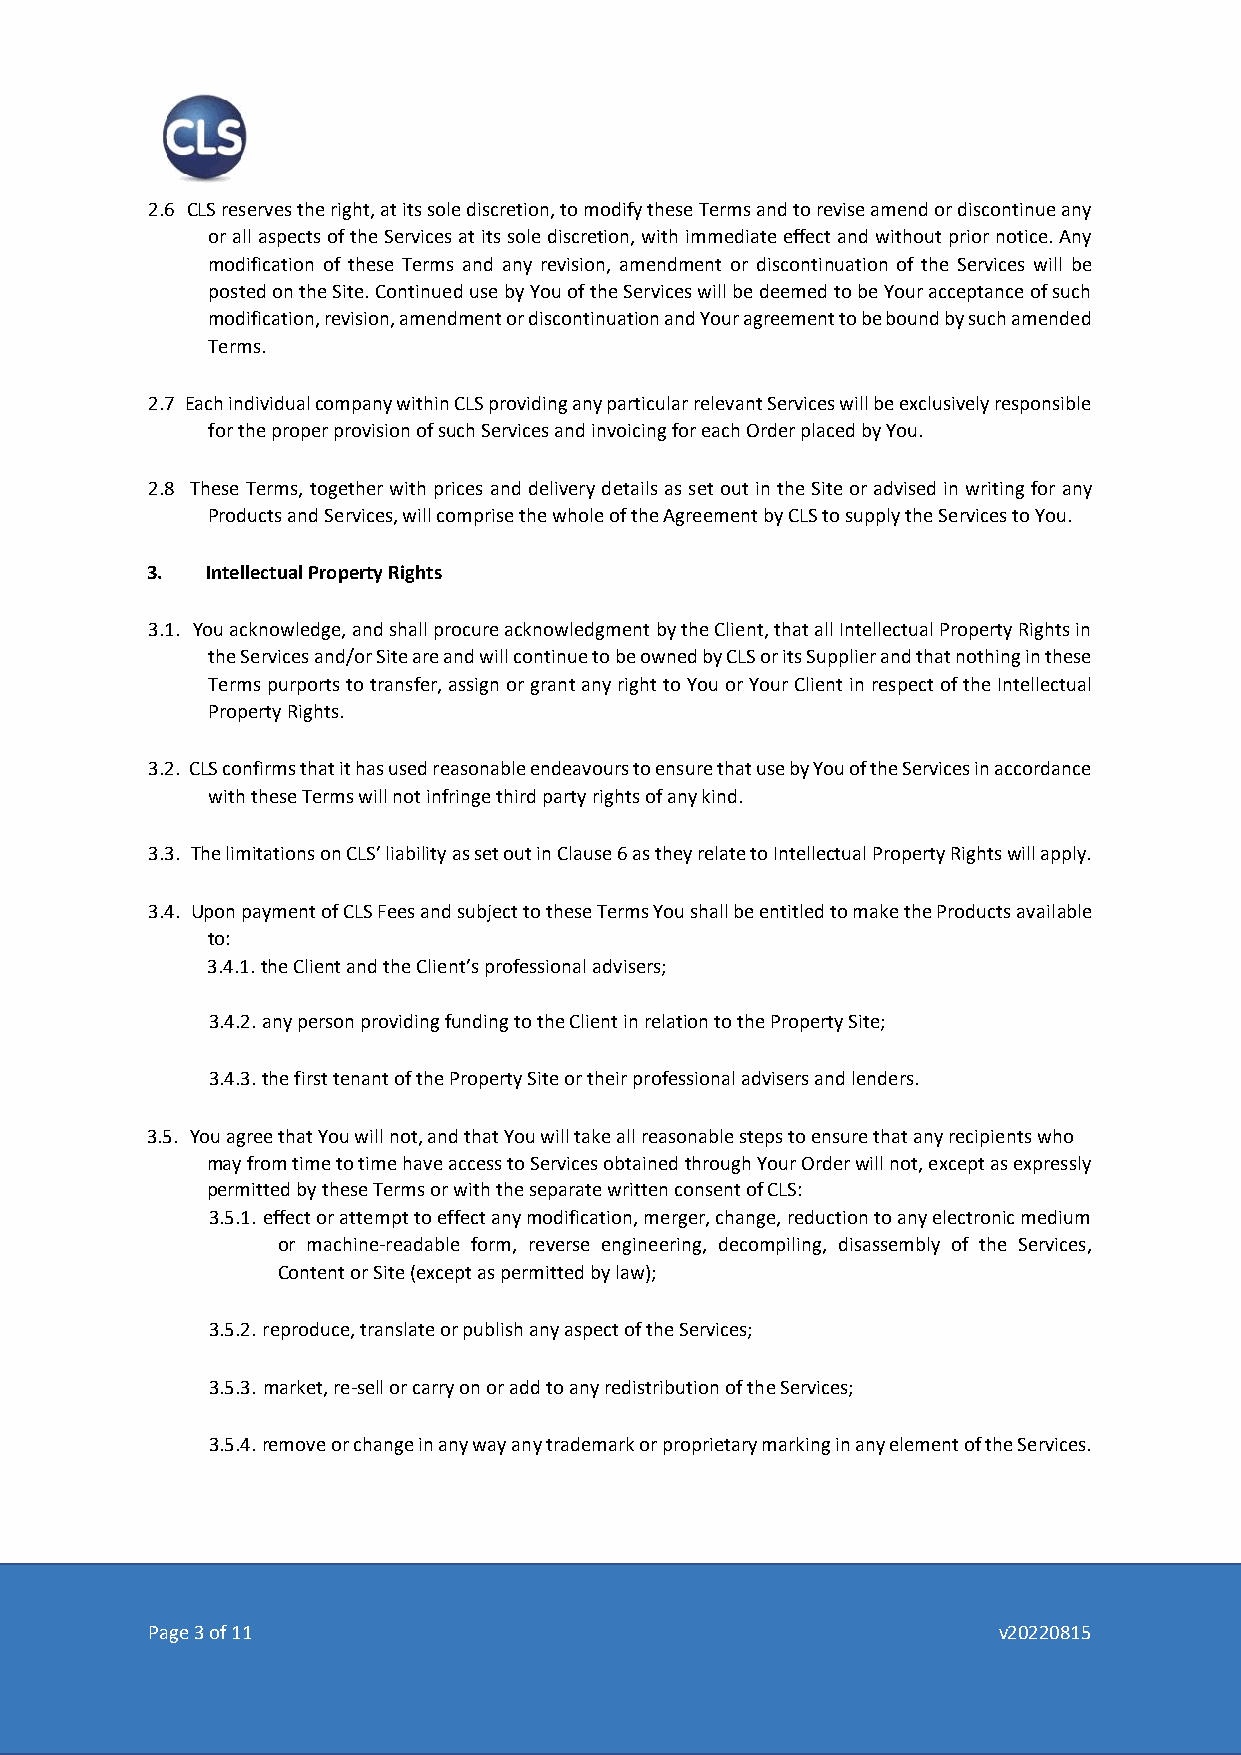
2.6 CLS reserves the right, at its sole discretion, to modify these Terms and to revise amend or discontinue any
 or all aspects of the Services at its sole discretion, with immediate effect and without prior notice. Any
 modification of these Terms and any revision, amendment or discontinuation of the Services will be
 posted on the Site. Continued use by You of the Services will be deemed to be Your acceptance of such
 modification, revision, amendment or discontinuation and Your agreement to be bound by such amended
 Terms.
 2.7 Each individual company within CLS providing any particular relevant Services will be exclusively responsible
 for the proper provision of such Services and invoicing for each Order placed by You.
 2.8 These Terms, together with prices and delivery details as set out in the Site or advised in writing for any
 Products and Services, will comprise the whole of the Agreement by CLS to supply the Services to You.
 3.  Intellectual Property Rights
 3.1. You acknowledge, and shall procure acknowledgment by the Client, that all Intellectual Property Rights in
 the Services and/or Site are and will continue to be owned by CLS or its Supplier and that nothing in these
 Terms purports to transfer, assign or grant any right to You or Your Client in respect of the Intellectual
 Property Rights.
 3.2. CLS confirms that it has used reasonable endeavours to ensure that use by You of the Services in accordance
 with these Terms will not infringe third party rights of any kind.
 3.3. The limitations on CLS’ liability as set out in Clause 6 as they relate to Intellectual Property Rights will apply.
 3.4. Upon payment of CLS Fees and subject to these Terms You shall be entitled to make the Products available
 to:
 3.4.1. the Client and the Client’s professional advisers;
 3.4.2. any person providing funding to the Client in relation to the Property Site;
 3.4.3. the first tenant of the Property Site or their professional advisers and lenders.
 3.5. You agree that You will not, and that You will take all reasonable steps to ensure that any recipients who
 may from time to time have access to Services obtained through Your Order will not, except as expressly
 permitted by these Terms or with the separate written consent of CLS:
 3.5.1. effect or attempt to effect any modification, merger, change, reduction to any electronic medium
 or machine-readable form, reverse engineering, decompiling, disassembly of the Services,
 Content or Site (except as permitted by law);
 3.5.2. reproduce, translate or publish any aspect of the Services;
 3.5.3. market, re-sell or carry on or add to any redistribution of the Services;
 3.5.4. remove or change in any way any trademark or proprietary marking in any element of the Services.
 Page 3 of 11                                            v20220815